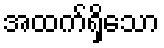
အထက်ရှိသော